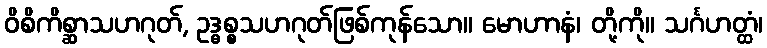
ဝိစိကိစ္ဆာသဟဂုတ်, ဥဒ္ဓစ္စသဟဂုတ်ဖြစ်ကုန်သော။ မောဟာနံ၊ တို့ကို။ သင်္ဂဟတ္ထံ၊